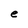
Character: e